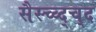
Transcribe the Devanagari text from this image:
सैस्च्व्द्च्द